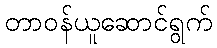
တာဝန်ယူဆောင်ရွက်